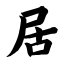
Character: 居